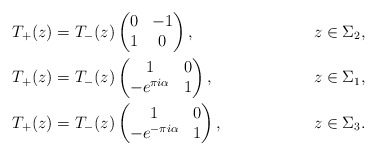
\begin{align*}&T_+(z)=T_-(z)\begin{pmatrix}0&-1\\1&0\end{pmatrix}, &z\in \Sigma_2,\\&T_+(z)=T_-(z)\begin{pmatrix}1&0\\-e^{\pi i\alpha}&1\end{pmatrix}, &z\in \Sigma_1,\\&T_+(z)=T_-(z)\begin{pmatrix}1&0\\-e^{-\pi i\alpha}&1\end{pmatrix}, &z\in \Sigma_3.\end{align*}